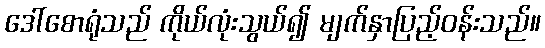
ဒေါ်စောရုံသည် ကိုယ်လုံးသွယ်၍ မျက်နှာပြည့်ဝန်းသည်။